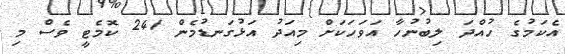
އެކަމުގެ ހުއްދަ ލިބުނުހާ އަވަހަކަށް މިއަދު އަޅުގަނޑުމެން 241 ކޮމެޓީ ވެސް މި